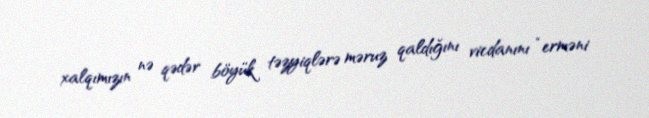
xalqımızın nə qədər böyük təzyiqlərə məruz qaldığını vicdanını “erməni